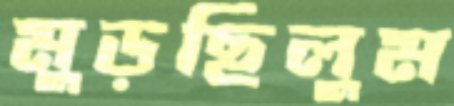
মুড়ছিলুম